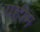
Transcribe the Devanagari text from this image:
यहीम